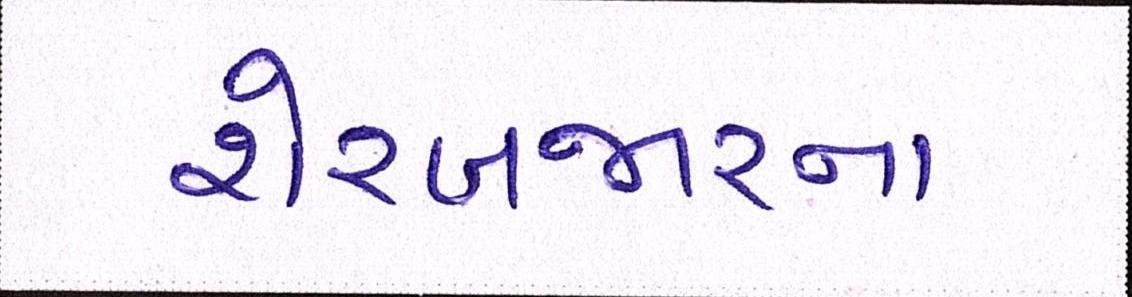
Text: શેરબજારના